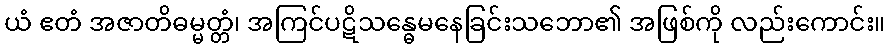
ယံ ဧတံ အဇာတိဓမ္မတ္တံ၊ အကြင်ပဋိသန္ဓေမနေခြင်းသဘော၏ အဖြစ်ကို လည်းကောင်း။